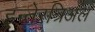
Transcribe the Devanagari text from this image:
इन्तेरत्रिअल